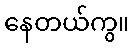
နေတယ်ကွ။